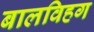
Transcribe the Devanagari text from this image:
बालविहग